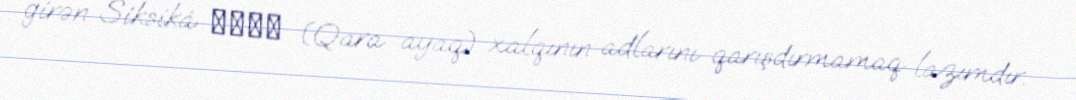
girən Siksiká ᓱᖽᐧᖿ (Qara ayaq) xalqının adlarını qarışdırmamaq lazımdır.